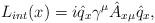
LaTeX: \begin{align*}L_{int}(x) = i \hat q_x \gamma ^{\mu} \hat A_{x\mu} \hat q_x,\end{align*}